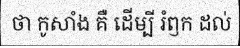
ថា កូសាំង គឺ ដើម្បី រំឭក ដល់